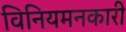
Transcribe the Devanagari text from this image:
विनियमनकारी